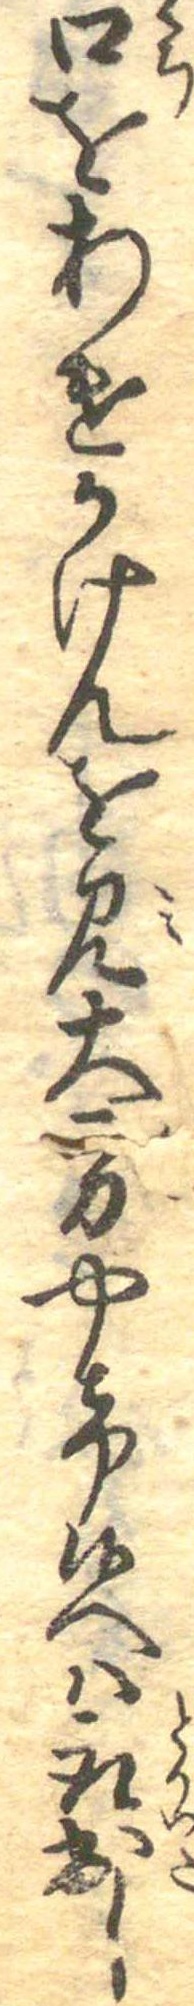
口をあけかけんを見大方やけ候へは取出し